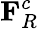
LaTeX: \mathbf{F}_{R}^{c}